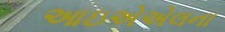
આઇએએલના